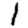
Digit: 1